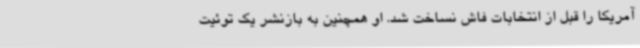
آمریکا را قبل از انتخابات فاش نساخت شد. او همچنین به بازنشر یک توئیت